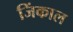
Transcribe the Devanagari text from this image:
जिंकाल